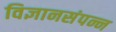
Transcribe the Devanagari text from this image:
विज्ञानसंपन्न